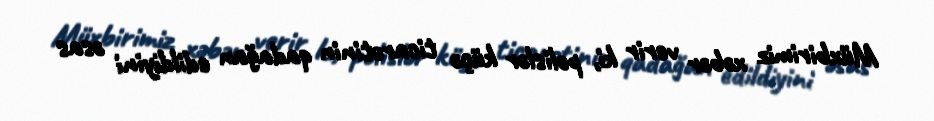
Müxbirimiz xəbər verir ki, polislər küçə ticarətinin qadağan edildiyini əsas